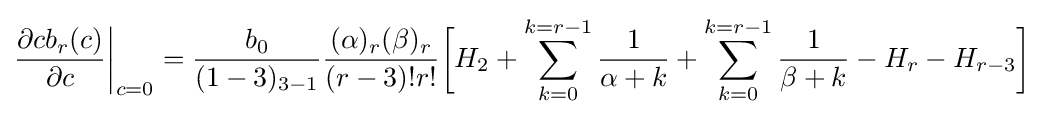
{\frac {\partial cb_{r}(c)}{\partial c}}{\bigg \vert }_{c=0}={\frac {b_{0}}{(1-3)_{3-1}}}{\frac {(\alpha )_{r}(\beta )_{r}}{(r-3)!r!}}{\bigg [}H_{2}+\sum _{k=0}^{k=r-1}{\frac {1}{\alpha +k}}+\sum _{k=0}^{k=r-1}{\frac {1}{\beta +k}}-H_{r}-H_{r-3}{\bigg ]}